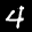
Label: 4